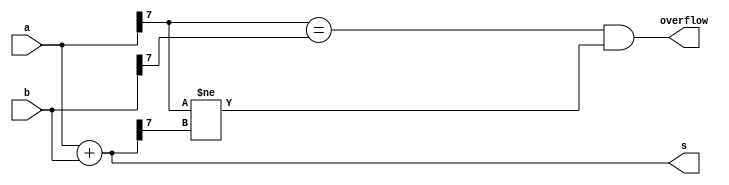
module top_module (
    input [7:0] a,
    input [7:0] b,
    output [7:0] s,
    output overflow
); //
 
    // method 01
    assign	s = a+b;
    assign	overflow = (a[7]==b[7] && a[7]!=s[7]);

    // method 02
    //assign	overflow = (~a[7])&(~b[7])&(c) | a[7]&b[7]&(~c);
    
    // method 03
    //wire [6:0]	dumb;
    //wire		c2, c;
    //assign	{c2,s} = a + b;
    //assign	{c, dumb} = a[6:0] + b[6:0];
    //assign	overflow = c2 ^ c;
    
endmodule